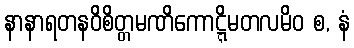
နာနာရတနဝိစိတ္တမဏိကောဋ္ဋိမတလမိဝ စ, နံ